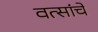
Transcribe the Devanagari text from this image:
वत्सांचे